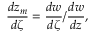
\frac { d z _ { m } } { d \zeta } = \frac { d w } { d \zeta } / \frac { d w } { d z } ,